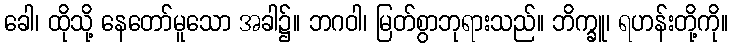
ခေါ၊ ထိုသို့ နေတော်မူသော အခါ၌။ ဘဂဝါ၊ မြတ်စွာဘုရားသည်။ ဘိက္ခူ၊ ရဟန်းတို့ကို။